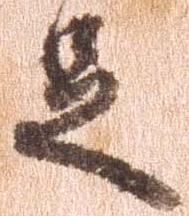
足